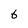
Character: 6